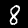
Label: 8